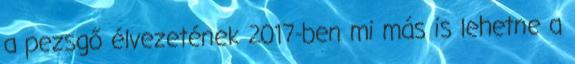
a pezsgő élvezetének 2017-ben mi más is lehetne a